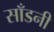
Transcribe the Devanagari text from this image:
साँडनी